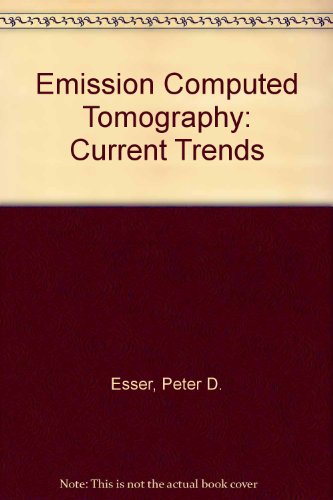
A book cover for Emission Computed Tomography: Current Trends; Peter D. Esser; Medical Books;